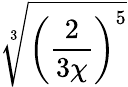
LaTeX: \sqrt[3]{\left(\frac{2}{3\chi}\right)^{5}}